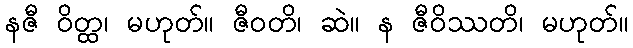
နဇီ ဝိတ္ထ၊ မဟုတ်။ ဇီဝတိ၊ ဆဲ။ န ဇီဝိဿတိ၊ မဟုတ်။